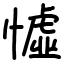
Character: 憈